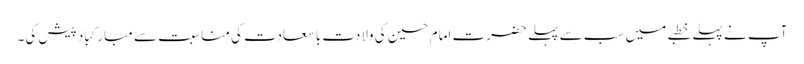
آپ نے پہلے خطبے میں سب سے پہلے حضرت امام حسین کی ولادت با سعادت کی مناسبت سے مبارکباد پیش کی۔